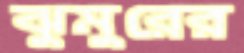
ঝুমুরের